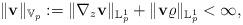
LaTeX: \begin{align*} \|\mathbf{v}\|_{\mathbb{V}_p} :=\|\nabla_z \mathbf{v}\|_{\mathbb{L}_p^1} +\|\mathbf{v}\varrho\|_{\mathbb{L}_p^1} <\infty, \end{align*}